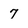
Character: 7